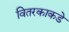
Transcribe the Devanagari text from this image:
वितरकाकडे